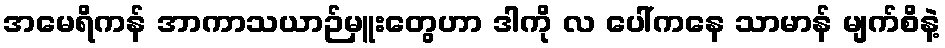
အမေရိကန် အာကာသယာဉ်မှူးတွေဟာ ဒါကို လ ပေါ်ကနေ သာမာန် မျက်စိနဲ့